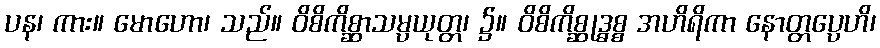
ပန၊ ကား။ မောဟော၊ သည်။ ဝိစိကိစ္ဆာသမ္ပယုတ္တ၊ ၌။ ဝိစိကိစ္ဆုဒ္ဓစ္စ အဟိရိကာ နောတ္တပ္ပေဟိ၊